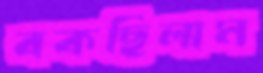
বকছিলাম